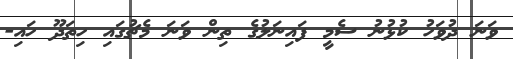
ވަނަ ދުވަހު ކުޅުނު ސެމީ ފައިނަލުގެ ތިން ވަނަ މެޗުގައި ހިތަދޫ ހައި-